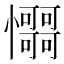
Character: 𢥳